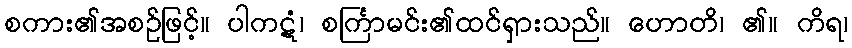
စကား၏အစဉ်ဖြင့်။ ပါကဋံ၊ စင်္ကြာမင်း၏ထင်ရှားသည်။ ဟောတိ၊ ၏။ ကိရ၊